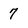
Character: 7